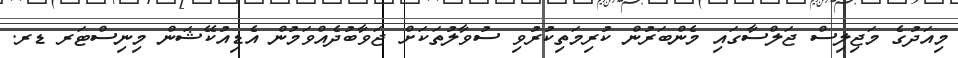
މިއަދުގެ މަޖިލިސް ޖަލްސާގައި މެންބަރުން ކުރިމަތިކުރުވި ސުވާލުތަކަށް ޖަވާބުދެއްވަމުން އެޑިއުކޭޝަން މިނިސްޓަރ ޑރ.